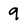
Character: 9